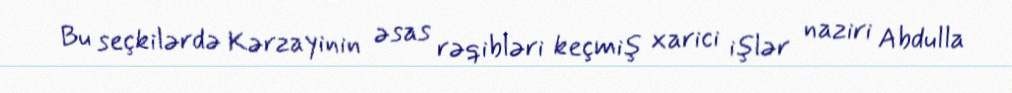
Bu seçkilərdə Kərzayinin əsas rəqibləri keçmiş xarici işlər naziri Abdulla